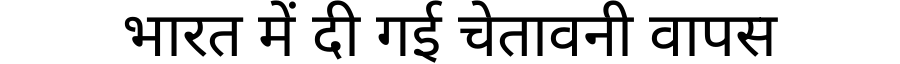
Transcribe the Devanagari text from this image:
भारत में दी गई चेतावनी वापस